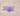
لماذا